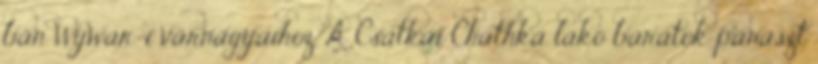
bán Wywar-i várnagyaihoz. A Csatkai Chathka lakó barátok panaszt